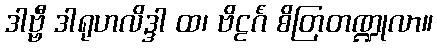
ဒါဗ္ဗီ ဒါရုဟလိဒ္ဒါ ထ၊ ဗိဠင်္ဂံ စိတြတဏ္ဍုလာ။